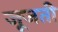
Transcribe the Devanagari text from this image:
जूजती